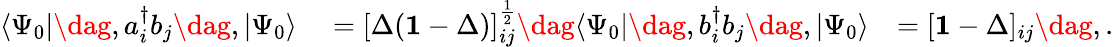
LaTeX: \begin{array}{rlr}{\langle\Psi_{0}|\dag,a_{i}^{\dagger}b_{j}\dag,|\Psi_{0}\rangle}&{{}=[\Delta(\mathbf{1}-\Delta)]_{ij}^{\frac{1}{2}}\dag\langle\Psi_{0}|\dag,b_{i}^{\dagger}b_{j}\dag,|\Psi_{0}\rangle}&{=[\mathbf{1}-\Delta]_{ij}\dag,.}\end{array}